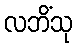
လဘိံသု